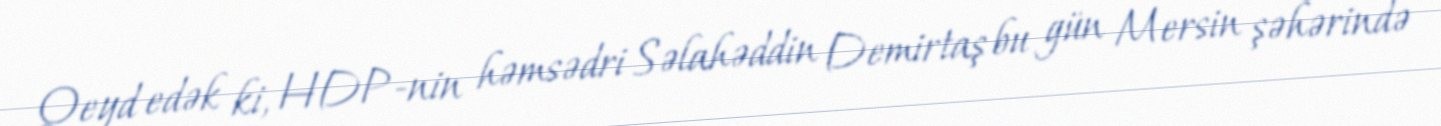
Qeyd edək ki, HDP-nin həmsədri Səlahəddin Demirtaş bu gün Mersin şəhərində